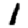
Digit: 1